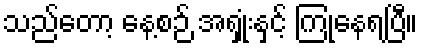
သည်တော့ နေ့စဉ် အရှုံးနှင့် ကြုံနေရပြီ။